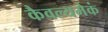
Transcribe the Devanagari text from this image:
कैवल्यमेकं